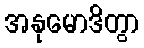
အနုမောဒိတွာ